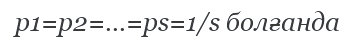
р1=р2=...=рs=1/s болғанда